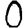
Digit: 0